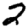
Digit: 2